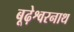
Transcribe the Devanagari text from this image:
बूढ़ेश्वरनाथ